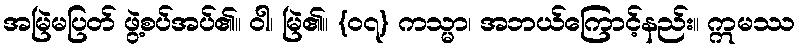
အမြဲမပြတ် ဖွဲ့စပ်အပ်၏။ ဝါ၊ မြဲ၏။ {၀၇} ကသ္မာ၊ အဘယ်ကြောင့်နည်း။ ဣမဿ